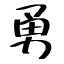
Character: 勇